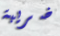
ضريبة